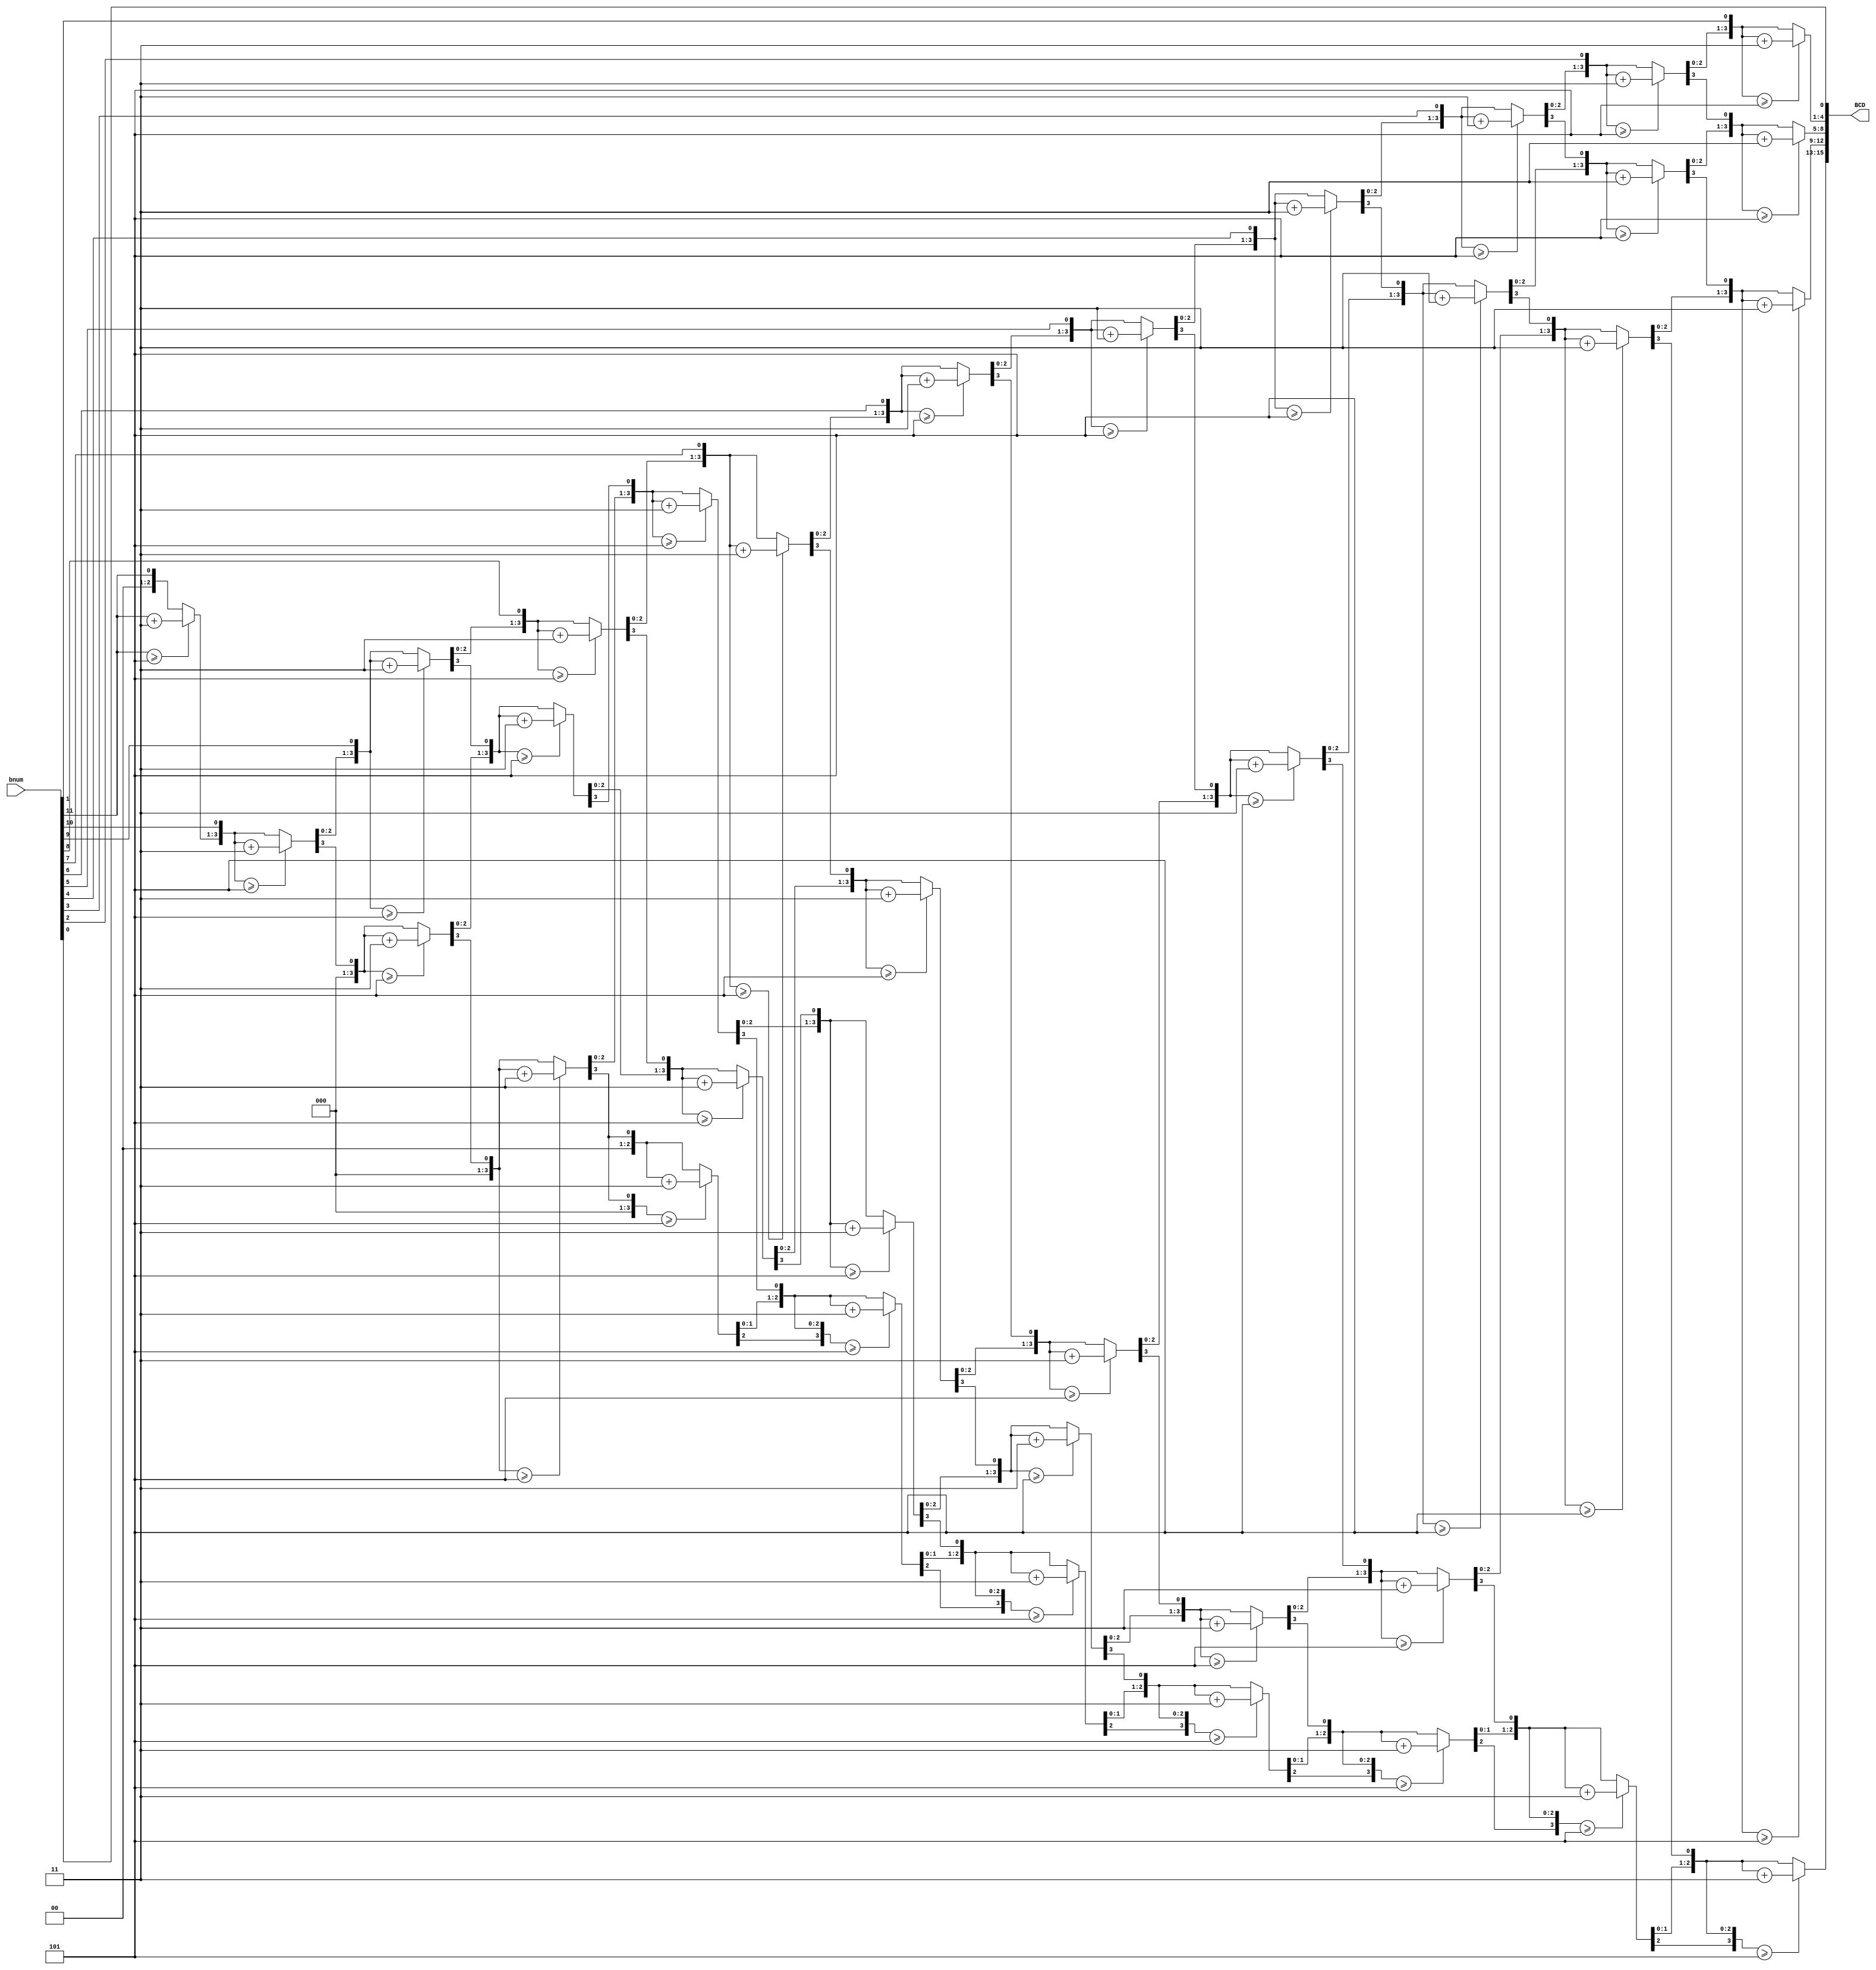
// Developed by Jesus Adrian Guerra with help from Rhyan Johnson and Jeneane Amin
// Adapted From: http://www.deathbylogic.com/2013/12/bnum-to-bnum-coded-decimal-bcd-converter/
//Using double dabble method with smallest input necessary

module BinaryToBCD(

     // I/O Signal Definitions

     input  [19:0] bnum,
     output reg [15:0] BCD
     
);

reg [3:0] thousands;
reg [3:0] hundreds;
reg [3:0] tens;
reg [3:0] ones;
reg [27:0] shift;

integer i;
//Start
     always @(bnum)
     begin
          thousands = 4'b0;
          hundreds = 4'b0;
          tens = 4'b0;
          ones = 4'b0;

          shift = 0;
          shift[11:0] = bnum;
          
          // Loop 12 times
          for (i = 0; i < 12; i = i + 1)
          begin
               if (shift[15:12] >= 5)
                    shift[15:12] = shift[15:12] + 3;

               if (shift[19:16] >= 5)
                    shift[19:16] = shift[19:16] + 3;

               if (shift[23:20] >= 5)
                    shift[23:20] = shift[23:20] + 3;

               if (shift[27:24] >= 5)
                    shift[27:24] = shift[27:24] + 3;

               shift = shift << 1;

          end

          // Output each place value
          thousands = shift[27:24];
          hundreds  = shift[23:20];
          tens      = shift[19:16];
          ones      = shift[15:12];
          BCD = {thousands,hundreds,tens,ones};
     end

endmodule